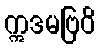
ဣဒမဗြဝိ